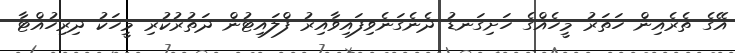
އޭގެ ތެރެއިން ހަތަރު މީހެއްގެ ހަށިގަނޑު ދެނެގަނެވިފައިވާއިރު ފްލައިޓުން ދަތުރުކުރި މީހަކު ދިރިހުއްޓާ